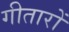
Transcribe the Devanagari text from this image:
गीतारों